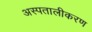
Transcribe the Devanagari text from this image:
अस्पतालीकरण